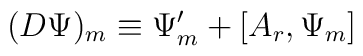
(D\Psi)_m \equiv \Psi'_m + [A_r, \Psi_m]